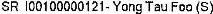
SR I00100000121- YONG TAU FOO (S)